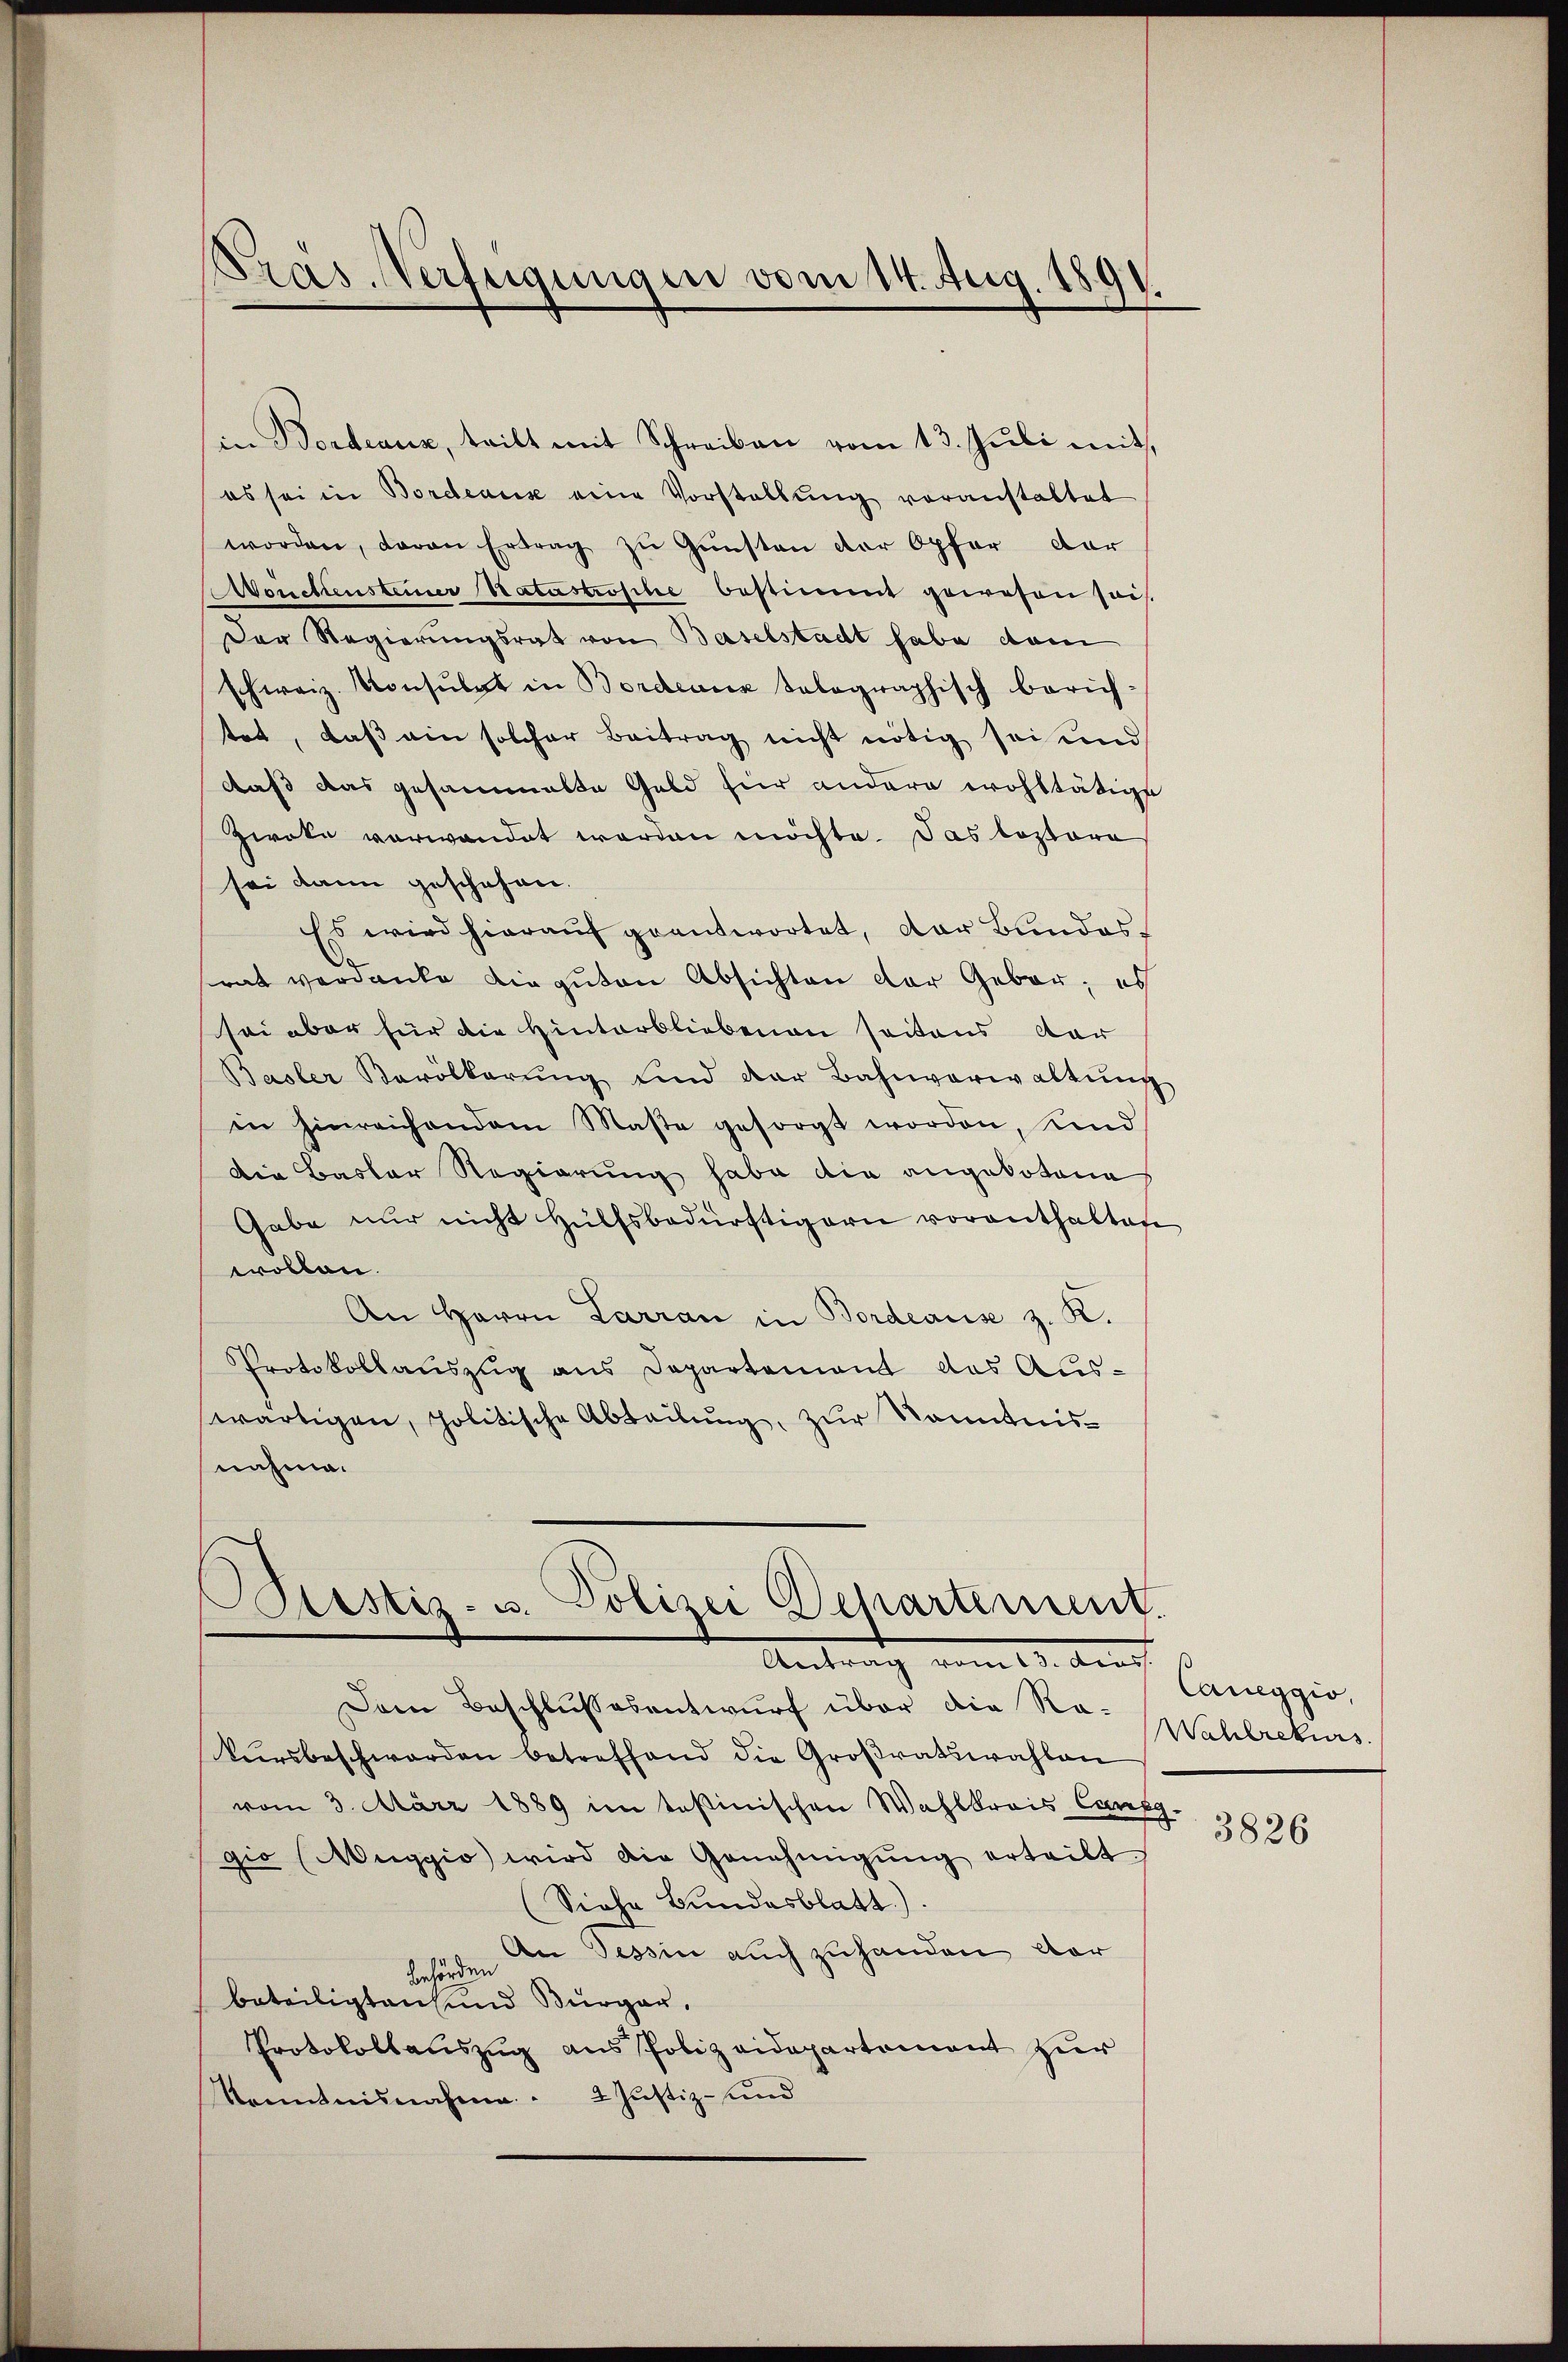
Pras. Verfügungen vom 14. Aug. 1891.

in Berdeaux, teilt mit Schreiben vom 13. Juli mit
es sei in Bordeaus eine Vorstellŭng voranstaltet
worden, davon Ertrag zŭ Gŭnsten der Opfer dar
Wonckensteiner Natastrophe bestimmt gewesen sais
Der Regierungsrat von Baselstadt habe dann
schweiz. Konsulat in Bordeaux talographisch berich-
tet, daß ein solcher Beitrag nicht nötig sei und
daß das gesammelte Geld hier andere wohltätige
Zwoka verwandet werden möchte. Das lostere
sei dann geschehen.
Es wird hieraŭf geantwortet, der Bundes-
srat verdanke die guten Absichten der Gebor; es
sei aber für die Hinterbliebenen seitens dar
Basler Bevölkerŭng und der Bahnverwaltŭng
in hinreichendem Maβe gesorgt worden, Kind
Die Basler Regierung habe die angebotene
Gabe nur nicht Hülfsbedürftigern vorenthalten
wollen.
An Herrn Larran in Bordeause z. R.
Protokollauszug aus Departement das Auswärtigen, politische Abteilung, zur Kenntnisnahme.

Ptistiz- u. Polizei Departement.
Antrag vom 13. Auch

Dem Beschlussesentwurf über die Ro-
kursbeschwerden betreffend die Großratswahlen
vom 3. März 1889 im testinischen Wahlkreis Cang-
gio (Muggio wird die Genehmigŭng erteilt.
Siehe Bundesblatt)
An Tessin auch zuhanden dar
behörden
beteiligten und Bürger,
Protokollauszug aus Polizeidepartement zur
Kenntnisnahme. . 2 Justiz- und

Caueggio,
Wahlrekurs

3826